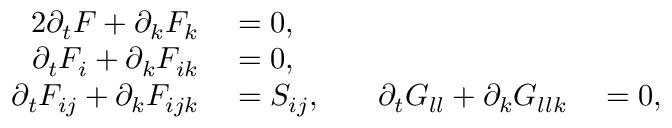
\begin{array} { r l r l } { { 2 } \partial _ { t } F + \partial _ { k } F _ { k } } & { { } = 0 , } & { \quad } & { { } \quad } \\ { \partial _ { t } F _ { i } + \partial _ { k } F _ { i k } } & { { } = 0 , } & { \quad } & { { } \quad } \\ { \partial _ { t } F _ { i j } + \partial _ { k } F _ { i j k } } & { { } = S _ { i j } , } & { \quad \partial _ { t } G _ { l l } + \partial _ { k } G _ { l l k } } & { { } = 0 , } \end{array}